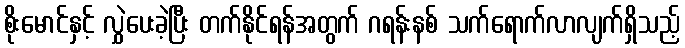
စိုးမောင်နှင့် လွှဲပေးခဲ့ပြီး တက်နိုင်ရန်အတွက် ဂရန်းနစ် သက်ရောက်လာလျက်ရှိသည့်